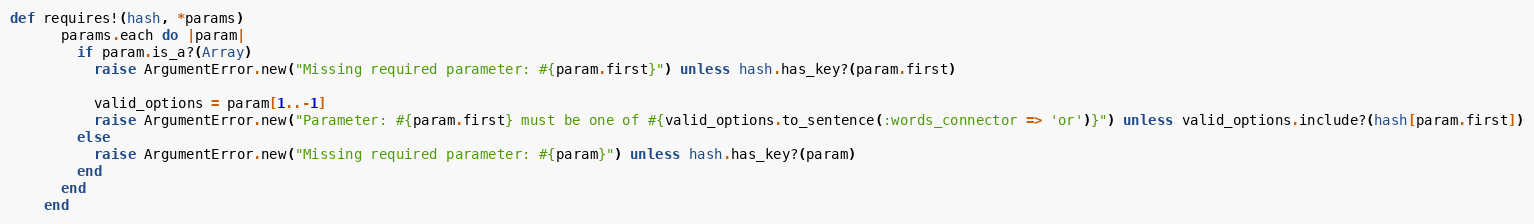
Language: Ruby
def requires!(hash, *params)
      params.each do |param|
        if param.is_a?(Array)
          raise ArgumentError.new("Missing required parameter: #{param.first}") unless hash.has_key?(param.first)

          valid_options = param[1..-1]
          raise ArgumentError.new("Parameter: #{param.first} must be one of #{valid_options.to_sentence(:words_connector => 'or')}") unless valid_options.include?(hash[param.first])
        else
          raise ArgumentError.new("Missing required parameter: #{param}") unless hash.has_key?(param)
        end
      end
    end